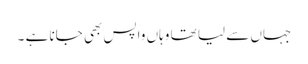
جہاں سے لیا تھا وہاں واپس بھی جانا ہے ۔